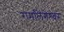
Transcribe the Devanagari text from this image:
रामलिंगेश्‍वर